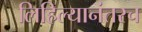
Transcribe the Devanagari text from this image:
लिहिल्यानंतरच